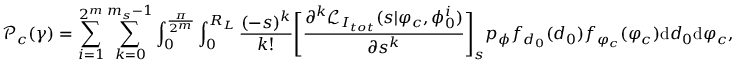
\mathcal { P } _ { c } ( \gamma ) = \sum _ { i = 1 } ^ { 2 ^ { m } } \sum _ { k = 0 } ^ { m _ { s } - 1 } \int _ { 0 } ^ { \frac { \pi } { 2 ^ { m } } } \int _ { 0 } ^ { R _ { L } } \frac { ( - s ) ^ { k } } { k ! } { \Bigg [ \frac { \partial ^ { k } \mathcal { L } _ { I _ { t o t } } ( s | \varphi _ { c } , \phi _ { 0 } ^ { i } ) } { \partial { s ^ { k } } } \Bigg ] } _ { s } p _ { \phi } f _ { d _ { 0 } } ( d _ { 0 } ) f _ { \varphi _ { c } } ( \varphi _ { c } ) \mathrm { d } d _ { 0 } \mathrm { d } \varphi _ { c } ,